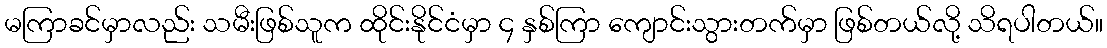
မကြာခင်မှာလည်း သမီးဖြစ်သူက ထိုင်းနိုင်ငံမှာ ၄ နှစ်ကြာ ကျောင်းသွားတက်မှာ ဖြစ်တယ်လို့ သိရပါတယ်။